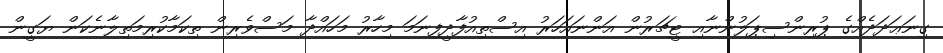
ގިނަޢަދަދެއްގެ ޕުރިންސިޕަލުންނާއި ޓީޗަރުން އަންނައަހަރު އިސްތިއުފާދީފިނަމަ މިހާރު މަހައްދާ މަސްވެރިން ތިކަމާކުރިމަތިލާނެކަން ޔަގީން